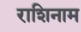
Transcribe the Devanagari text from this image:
राशिनाम